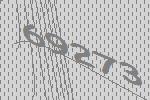
69273